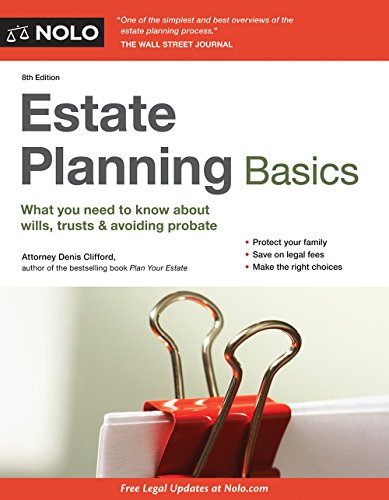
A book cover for Estate Planning Basics; Denis Clifford Attorney; Business & Money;